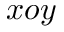
x o y